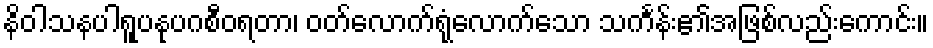
နိဝါသနပါရူပနုပဂစီဝရတာ၊ ဝတ်လောက်ရုံလောက်သော သင်္ကန်း၏အဖြစ်လည်းကောင်း။